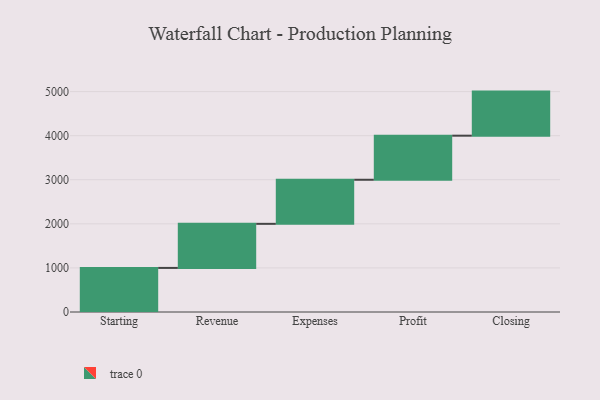
{"axis": {"x": "Step", "y": "Value"}, "legend": [""], "data": [{"x": "Starting", "y": 1000, "type": ""}, {"x": "Revenue", "y": 1000, "type": ""}, {"x": "Expenses", "y": 1000, "type": ""}, {"x": "Profit", "y": 1000, "type": ""}, {"x": "Closing", "y": 1000, "type": ""}]}